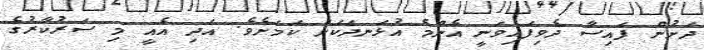
ދަށުން ފައިސާ ދެވިފައިވަނީ އެންމެ އުޅަނދަކަށް ކަމަށެވެ. އަދި އެއީ މި ސަރުކާރުގެ